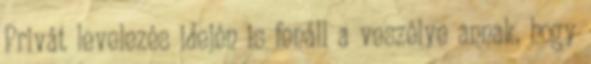
Privát levelezés idején is fenáll a veszélye annak, hogy